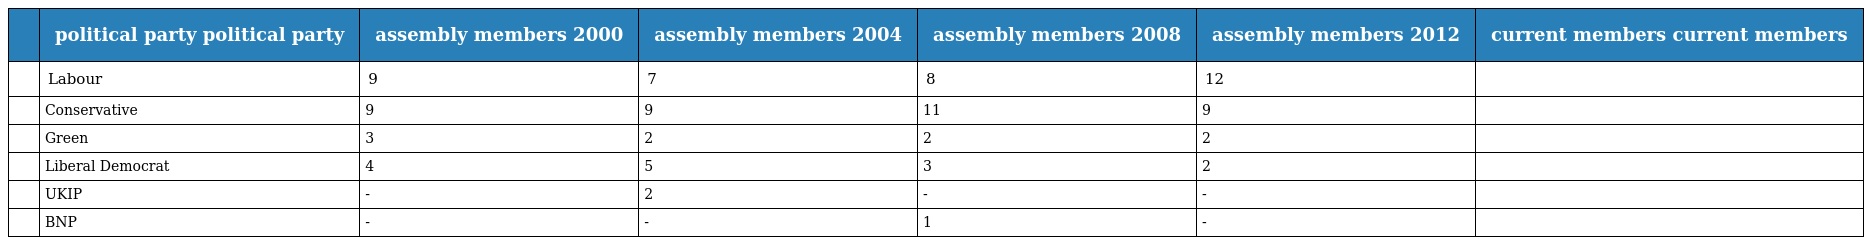
|  | political party political party | assembly members 2000 | assembly members 2004 | assembly members 2008 | assembly members 2012 | current members current members |
 | --- | --- | --- | --- | --- | --- | --- |
 |  | Labour | 9 | 7 | 8 | 12 |  |
 |  | Conservative | 9 | 9 | 11 | 9 |  |
 |  | Green | 3 | 2 | 2 | 2 |  |
 |  | Liberal Democrat | 4 | 5 | 3 | 2 |  |
 |  | UKIP | - | 2 | - | - |  |
 |  | BNP | - | - | 1 | - |  |